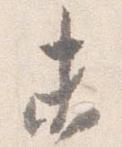
未